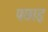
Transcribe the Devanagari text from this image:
पछाइ